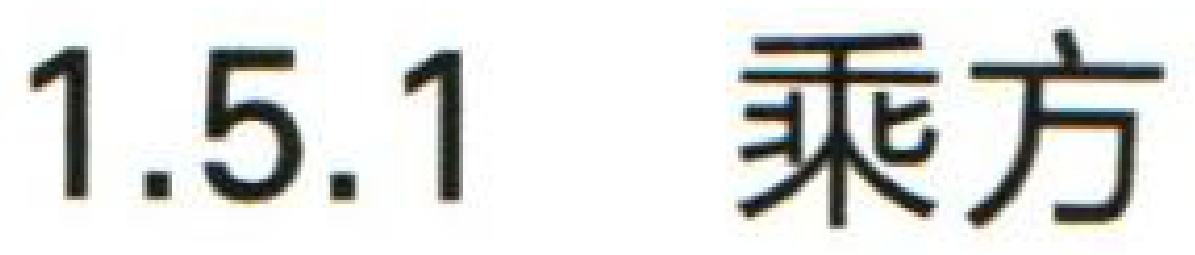
1.5.1 乘方